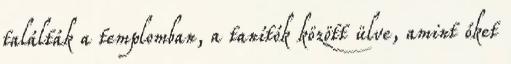
találták a templomban, a tanítók között ülve, amint őket